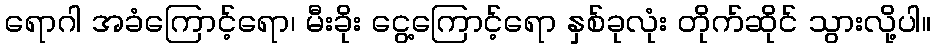
ရောဂါ အခံကြောင့်ရော၊ မီးခိုး ငွေ့ကြောင့်ရော နှစ်ခုလုံး တိုက်ဆိုင် သွားလို့ပါ။